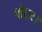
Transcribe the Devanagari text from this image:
पोद्दार।